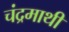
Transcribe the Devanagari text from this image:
चंद्रमाथी